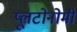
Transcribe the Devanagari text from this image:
प्लूटोनोमी